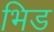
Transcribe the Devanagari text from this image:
भिड